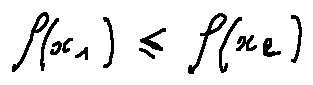
f ( x _ { 1 } ) \leq f ( x _ { 2 } )